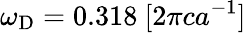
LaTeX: \omega_{\mathrm{D}}=0.318\ [2\pi ca^{-1}]